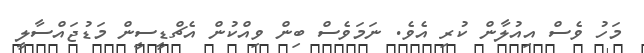
މަހު ވެސް އިއުލާން ކުރި އެވެ. ނަމަވެސް ބިން ވިއްކުން އެޗްޑީސީން މަޑުޖައްސާލީ